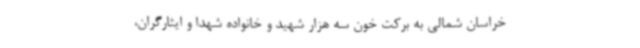
خراسان شمالی به برکت خون سه هزار شهید و خانواده شهدا و ایثارگران،